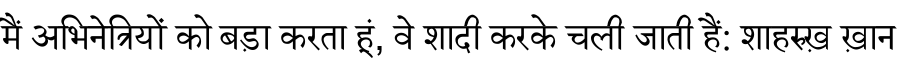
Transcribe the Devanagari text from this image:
मैं अभिनेत्रियों को बड़ा करता हूं, वे शादी करके चली जाती हैं: शाहरुख़ ख़ान